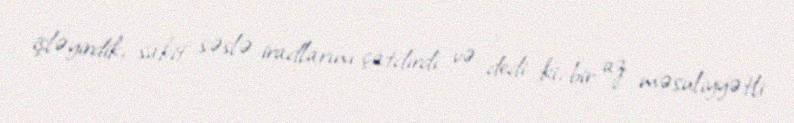
işləyirdik, sakit səslə iradlarını çatdırdı və dedi ki, bir az məsuliyyətli